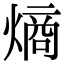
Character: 熵